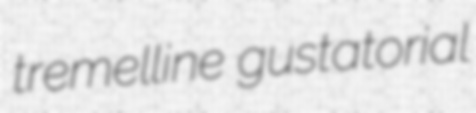
tremelline gustatorial